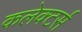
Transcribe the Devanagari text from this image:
कलेक्‍टर्स